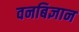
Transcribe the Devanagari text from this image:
वनबिज्ञान